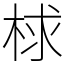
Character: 梂